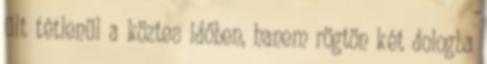
ült tétlenül a köztes időben, hanem rögtön két dologba